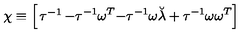
\chi \equiv \left[ \begin{matrix} { \tau ^ { - 1 } } & { - \tau ^ { - 1 } \omega ^ { T } } \\ { - \tau ^ { - 1 } \omega } & { \breve { \lambda } + \tau ^ { - 1 } \omega \omega ^ { T } } \\ \end{matrix} \right]